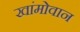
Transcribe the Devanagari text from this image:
खांमोवान